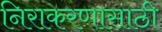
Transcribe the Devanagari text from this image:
निराकरणासाठी